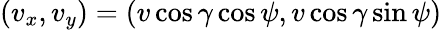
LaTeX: (v_{x},v_{y})=(v\cos\gamma\cos\psi,v\cos\gamma\sin\psi)